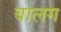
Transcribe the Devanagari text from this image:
बालग